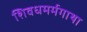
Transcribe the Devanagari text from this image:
शिवधमर्मगाथा